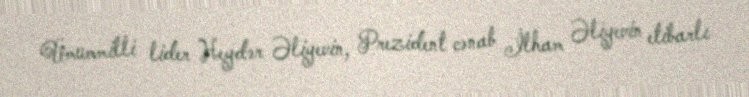
Ümummilli lider Heydər Əliyevin, Prezident cənab İlham Əliyevin etibarlı